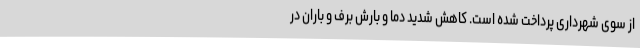
از سوی شهرداری پرداخت شده است. کاهش شدید دما و بارش برف و باران در